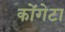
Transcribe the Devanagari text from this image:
कोंगेटा